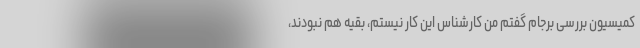
کمیسیون بررسی برجام گفتم من کارشناس این کار نیستم، بقیه هم نبودند،